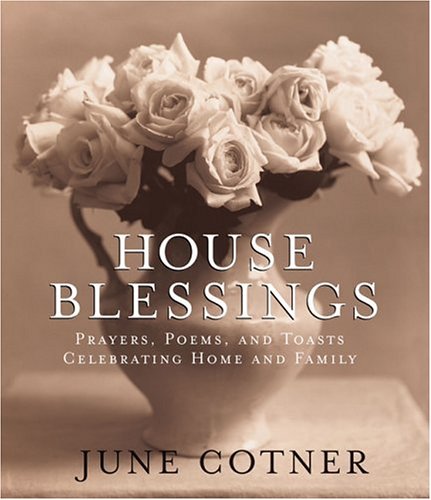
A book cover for House Blessings: Prayers, Poems, and Toasts Celebrating Home and Family; June Cotner; Reference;